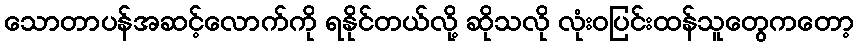
သောတာပန်အဆင့်လောက်ကို ရနိုင်တယ်လို့ ဆိုသလို လုံးဝပြင်းထန်သူတွေကတော့